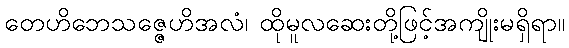
တေဟိဘေသဇ္ဇေဟိအလံ၊ ထိုမူလဆေးတို့ဖြင့်အကျိုးမရှိရာ။